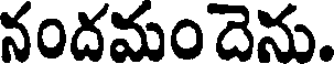
నందమందెను.